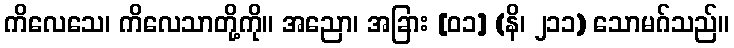
ကိလေသေ၊ ကိလေသာတို့ကို။ အညော၊ အခြား [၀၁] (နိ၊ ၂၁၁) သောမဂ်သည်။